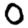
Digit: 0